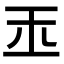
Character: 𤣪